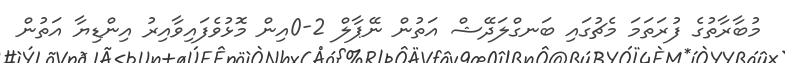
މުބާރާތުގެ ފުރަތަމަ މެޗުގައި ބަނގްލަދޭޝް އަތުން ނޭޕާލް 2-0އިން މޮޅުވެފައިވާއިރު އިންޑިޔާ އަތުން